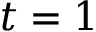
t = 1